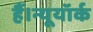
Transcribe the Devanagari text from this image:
हैं।न्यूयॉर्क